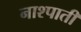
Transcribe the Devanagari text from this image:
नाश्पाती